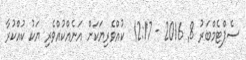
ސެޕްޓެމްބަރު 8